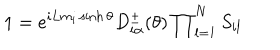
LaTeX: 1 = e ^ { i L m _ { i } \sinh \theta } D _ { i \alpha } ^ { \pm } ( \theta ) \prod _ { l = 1 } ^ { N } S _ { i l }